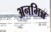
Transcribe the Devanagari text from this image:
अनभिन्न